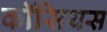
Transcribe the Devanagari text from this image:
कॉसियस